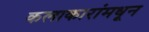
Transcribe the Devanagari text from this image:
कलाकारांमधून